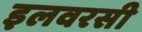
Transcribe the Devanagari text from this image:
इलवरसी